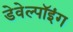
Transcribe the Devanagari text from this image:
डेवेल्पॉइंग